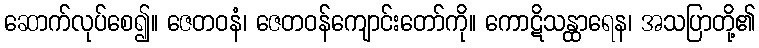
ဆောက်လုပ်စေ၍။ ဇေတဝနံ၊ ဇေတဝန်ကျောင်းတော်ကို။ ကောဋိသန္ထာရေန၊ အသပြာတို့၏